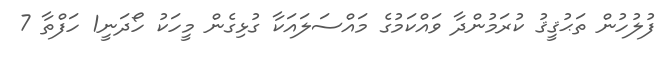
ފުލުހުން ތަޙުޤީޤު ކުރަމުންދާ ވައްކަމުގެ މައްސަލައަކާ ގުޅިގެން މީހަކު ހޯދަނީ1 ހަފްތާ 7